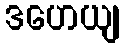
ဒဟေယျ